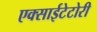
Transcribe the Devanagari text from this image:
एक्साईटेटोरी